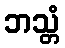
ဘသ္တံ